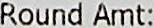
ROUND AMT: